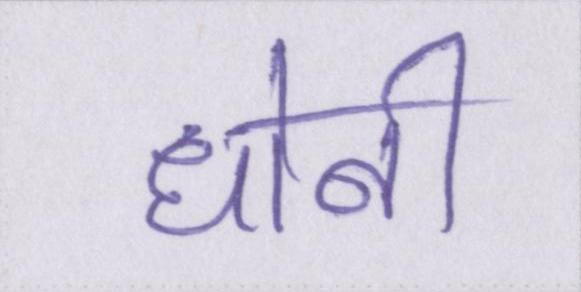
धोनी